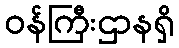
ဝန်ကြီးဌာနရှိ